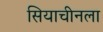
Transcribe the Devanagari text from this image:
सियाचीनला